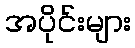
အပိုင်းများ